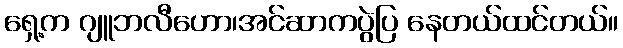
ရှေ့က ဂျူဘလီဟော၊အင်ဆာကပွဲပြ နေတယ်ထင်တယ်။